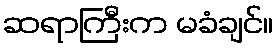
ဆရာကြီးက မခံချင်။